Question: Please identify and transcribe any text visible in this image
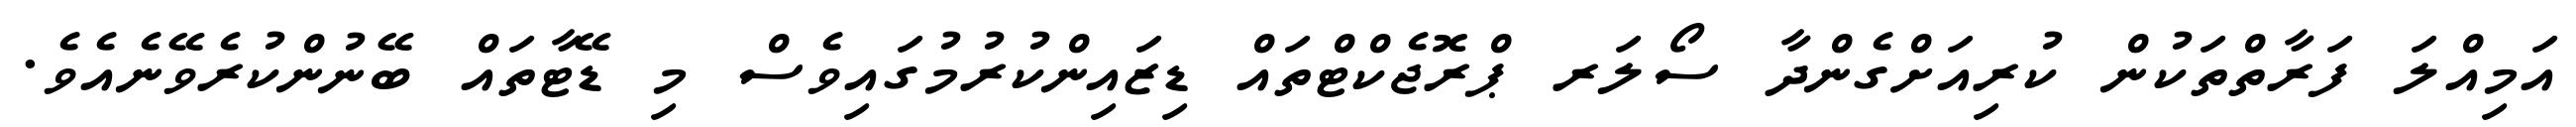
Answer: އަމިއްލަ ފަރާތްތަކުން ކުރިއަށްގެންދާ ސޯލަރ ޕްރޮޖެކްޓްތައް ޑިޒައިންކުރުމުގައިވެސް މި ޑޭޓާތައް ބޭނުންކުރެވޭނެއެވެ.